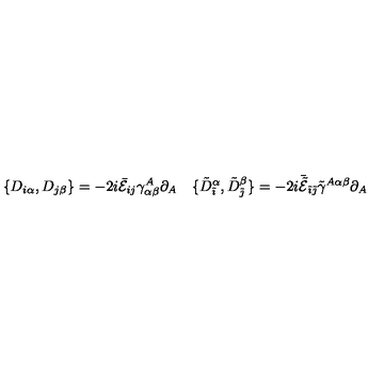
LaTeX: \begin{array} { c c } { \displaystyle { \{ D _ { i \alpha } , D _ { j \beta } \} = - 2 i \bar { \cal E } _ { i j } \gamma _ { \alpha \beta } ^ { A } \partial _ { A } } } & { \displaystyle { \{ \tilde { D } _ { \tilde { \imath } } ^ { \alpha } , \tilde { D } _ { \tilde { \jmath } } ^ { \beta } \} = - 2 i \bar { \tilde { \cal E } } _ { \tilde { \imath } \tilde { \jmath } } \tilde { \gamma } ^ { A \alpha \beta } \partial _ { A } } } \\ \end{array}